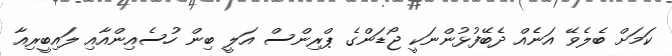
ކަމަށް ބެލެވޭ އަނެއް ދެބޭފުޅުންނަކީ ޖޯޑަންގެ ޕްރިންސް އަލީ ބިން ހުސެއިންއާއި ލައިބީރިއާ